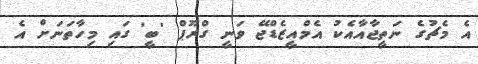
އެ މެޗުގެ ނަތީޖާއާއެކު އެމްއީޒެޑްޖޭ ވަނީ ގްރޫޕް 'ބީ' ގައި މިހާތަނަށް އެ